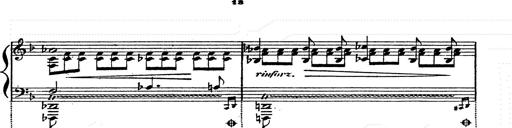
Title: Franz Schuberts geistliche Lieder
Composer: Franz Liszt